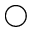
\bigcirc